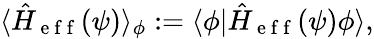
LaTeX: \langle\hat{H}_{\mathrm{~e~f~f~}}(\psi)\rangle_{\phi}:=\langle\phi|\hat{H}_{\mathrm{~e~f~f~}}(\psi)\phi\rangle,